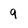
Character: 9